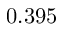
0 . 3 9 5